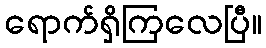
ရောက်ရှိကြလေပြီ။